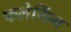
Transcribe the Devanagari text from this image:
फलेमिंग